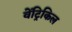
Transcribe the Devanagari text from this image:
वेंट्रिकिल